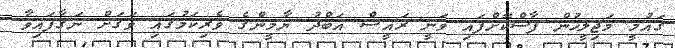
ގައުމީ މަޖިލީހުން ފާސްކޮށްފައި ވަނީ ރައީސް އަބްދު ޔާމީންގެ ވެރިކަމުގައި ވަގަށް ނަގާފައިވާ